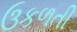
ઉકળતી